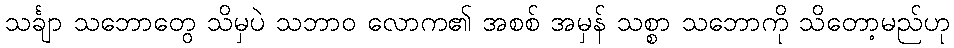
သင်္ချာ သဘောတွေ သိမှပဲ သဘာဝ လောက၏ အစစ် အမှန် သစ္စာ သဘောကို သိတော့မည်ဟု